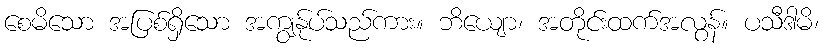
စေမိသော အပြစ်ရှိသော အကျွန်ုပ်သည်ကား။ ဘိယျော၊ အတိုင်းထက်အလွန်။ ပသီဒါမိ၊